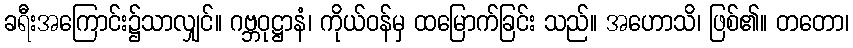
ခရီးအကြောင်း၌သာလျှင်။ ဂဗ္ဘဝုဋ္ဌာနံ၊ ကိုယ်ဝန်မှ ထမြောက်ခြင်း သည်။ အဟောသိ၊ ဖြစ်၏။ တတော၊